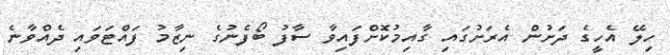
ހިލޭ އެހީގެ ދަށުން އެރަށުގައި ގާއިމުކޮށްފައިވާ ސާފު ބޯފެނުގެ ނިޒާމު ފައްޓަވައި ދެއްވާނެ